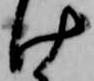
け